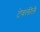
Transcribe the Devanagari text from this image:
टेवलीले